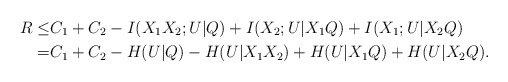
\begin{align*}R\leq& C_1+C_2-I(X_1X_2;U|Q)+I(X_2;U|X_1Q)+I(X_1;U|X_2Q)\\=& C_1+C_2-H(U|Q)-H(U|X_1X_2)+H(U|X_1Q)+H(U|X_2Q).\end{align*}